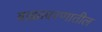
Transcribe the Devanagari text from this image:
बाह्यावरणातील